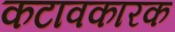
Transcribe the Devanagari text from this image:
कटावकारक